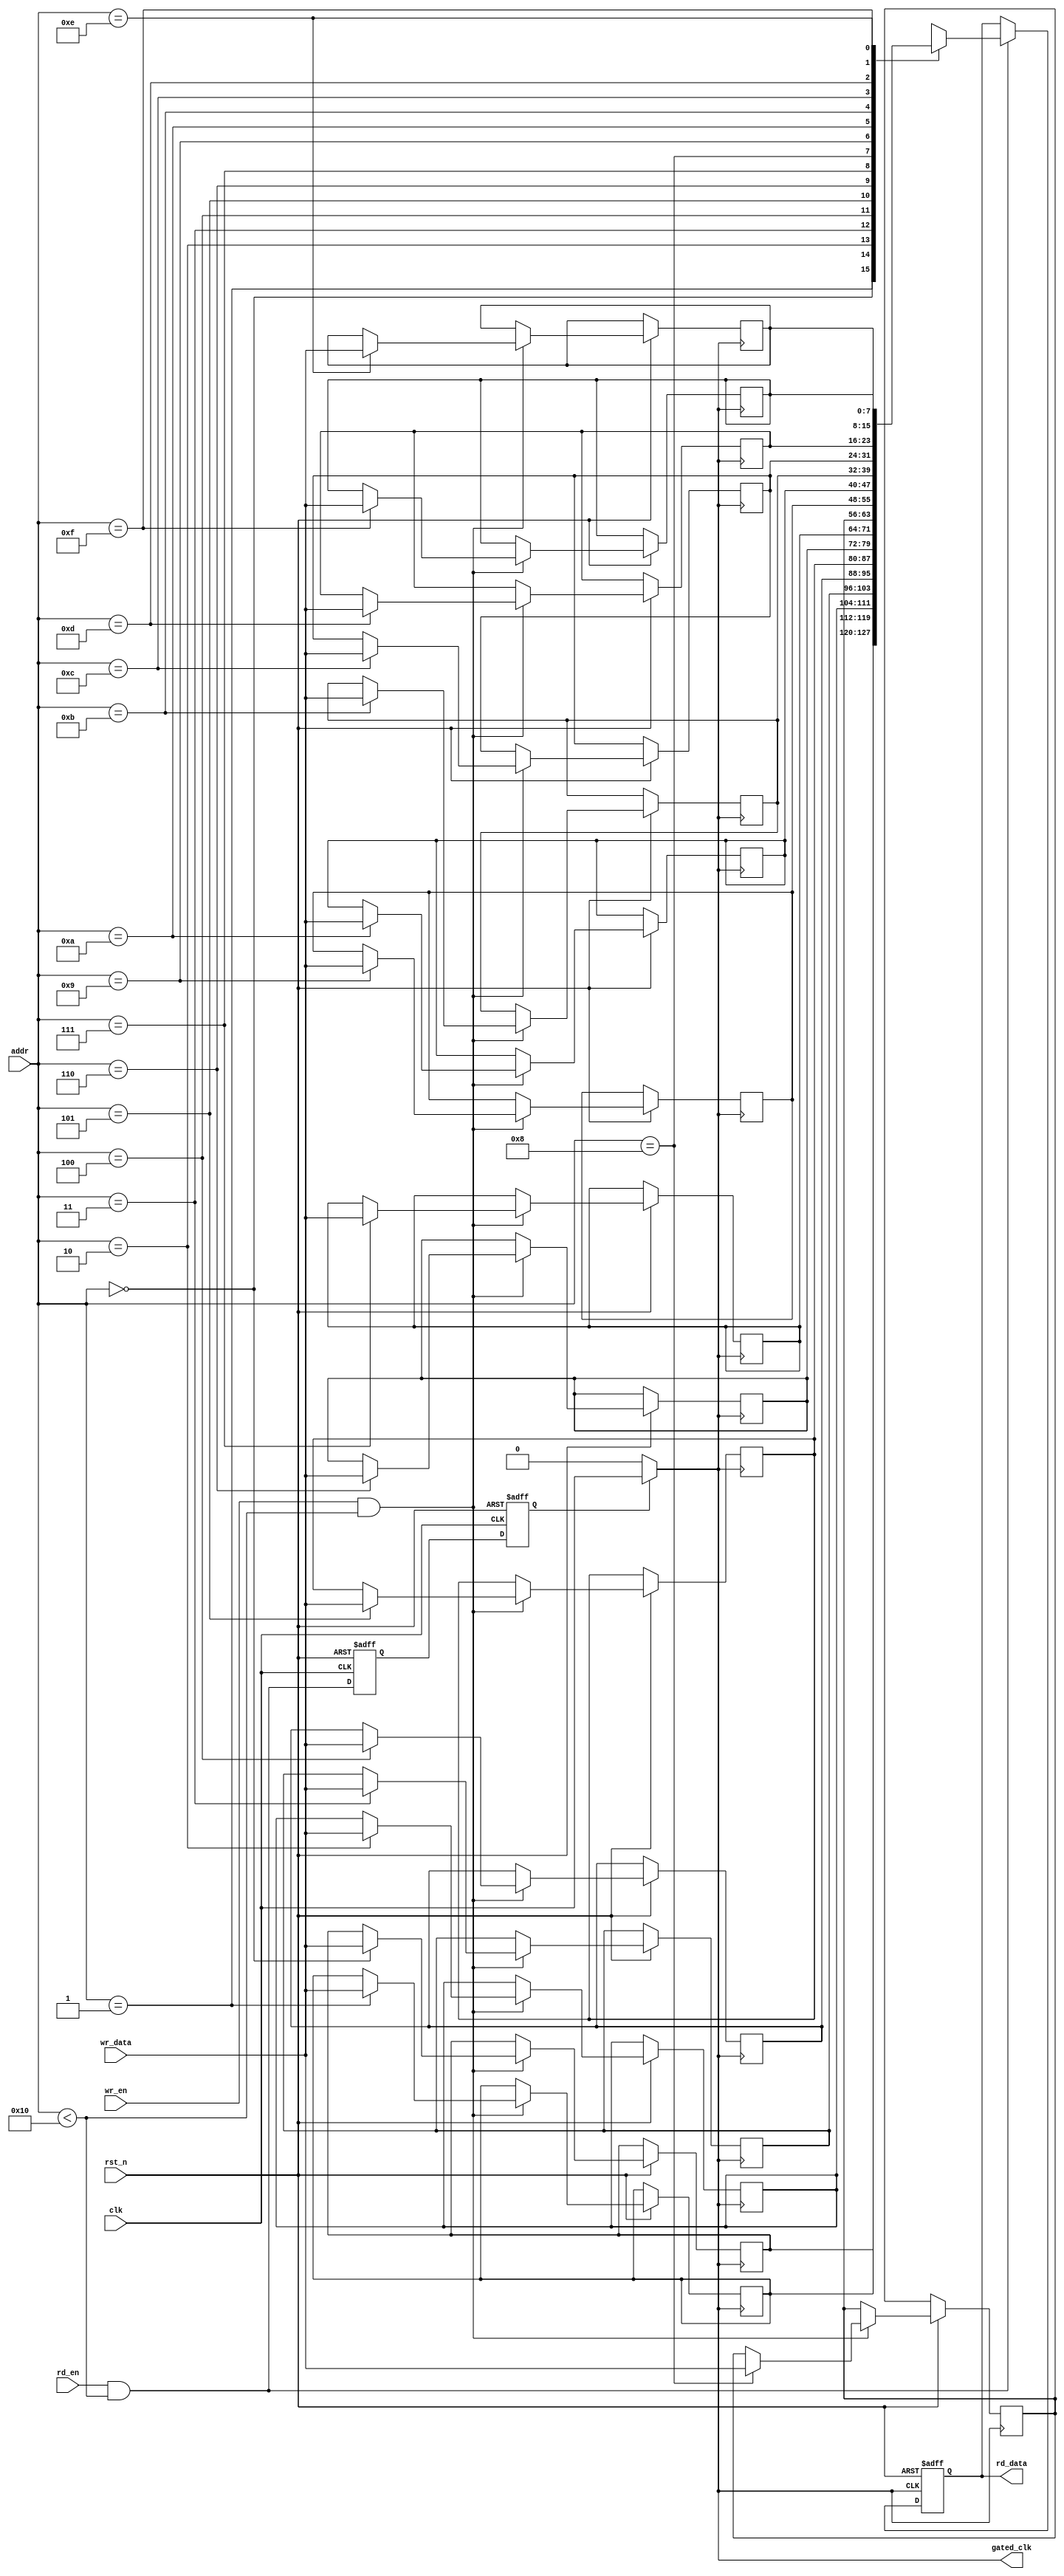
module memory_block (
    input wire clk,                      // global clock input
    input wire rst_n,                    // active low reset
    input wire [7:0] wr_data,            // write data
    input wire [3:0] addr,               // address input
    input wire wr_en,                    // write enable
    input wire rd_en,                    // read enable
    output reg [7:0] rd_data,            // read data output
    output wire gated_clk                // gated clock for memory operation
);

    // Memory array
    reg [7:0] mem_array [0:15]; // 16 x 8-bit memory

    // Output monitoring signal
    wire valid_output;
    
    // Control signals for clock gating
    reg clk_enable;                // Clock enable signal
    reg latched_valid_output;      // Latched valid output for clock gating

    // Assign valid_output logic (example: valid when reading data)
    assign valid_output = rd_en && (addr < 16); // Simple valid check

    // Clock gating logic
    always @(posedge clk or negedge rst_n) begin
        if (!rst_n) begin
            clk_enable <= 1'b0;
            latched_valid_output <= 1'b0;
        end else begin
            // Latch the valid output signal for clock gating
            latched_valid_output <= valid_output;
            
            // Enable clock if valid output detected
            clk_enable <= latched_valid_output;
        end
    end

    // Gated clock generation
    assign gated_clk = clk_enable ? clk : 1'b0;

    // Memory read and write operations
    always @(posedge gated_clk or negedge rst_n) begin
        if (!rst_n) begin
            rd_data <= 8'b0;
        end else begin
            if (wr_en && (addr < 16)) begin
                mem_array[addr] <= wr_data; // Memory write operation
            end
            if (rd_en && (addr < 16)) begin
                rd_data <= mem_array[addr]; // Memory read operation
            end
        end
    end

endmodule